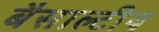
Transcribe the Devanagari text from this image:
बैसाल्टीय